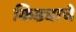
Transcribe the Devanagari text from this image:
किड्याचे